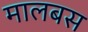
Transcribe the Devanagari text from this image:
मालबस